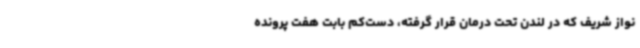
نواز شریف که در لندن تحت درمان قرار گرفته،‌ دست‌کم بابت هفت پرونده